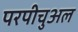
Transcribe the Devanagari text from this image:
परपीचुअल